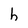
Character: h